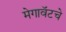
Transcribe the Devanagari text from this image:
मेगावॅटचे